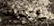
تحذيرية